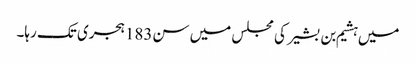
میں ہشیم بن بشیر کی مجلس میں سن183ہجری تک رہا۔